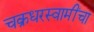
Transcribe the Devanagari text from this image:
चक्रधरस्वामींचा